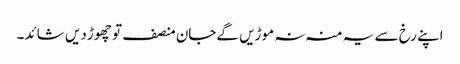
اپنے رخ سے یہ منہ نہ موڑیں گےجان منصف تو چھوڑ دیں شائد۔